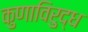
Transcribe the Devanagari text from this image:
कुणाविरुद्ध